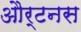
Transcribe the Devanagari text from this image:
और्टनस